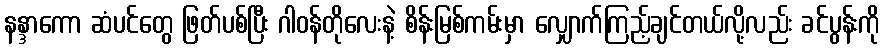
နန္ဒာကော ဆံပင်တွေ ဖြတ်ပစ်ပြီး ဂါဝန်တိုလေးနဲ့ စိန်းမြစ်ကမ်းမှာ လျှောက်ကြည့်ချင်တယ်လို့လည်း ခင်ပွန်းကို